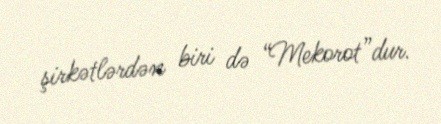
şirkətlərdən biri də “Mekorot”dur.